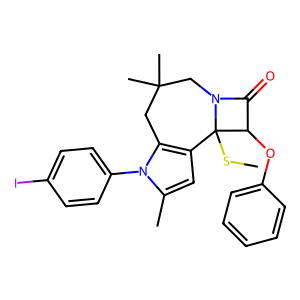
SMILES: CSC12c3cc(C)n(-c4ccc(I)cc4)c3CC(C)(C)CN1C(=O)C2Oc1ccccc1
Inhibits HIV replication: No